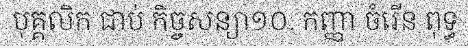
បុគ្គលិក ជាប់ កិច្ចសន្យា១០. កញ្ញា ចំរើន ពុទ្ធ